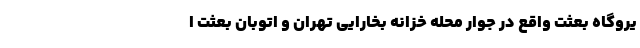
یروگاه بعثت واقع در جوار محله خزانه بخارایی تهران و اتوبان بعثت ا